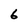
Character: 6